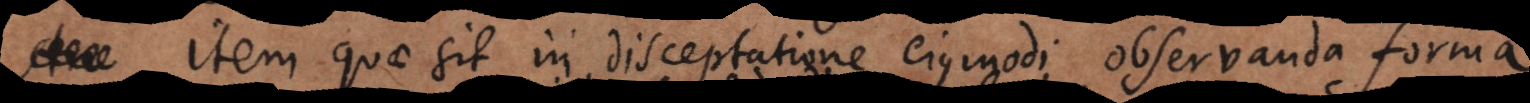
Item quae sit in disceptatione ejusmodi observanda forma.